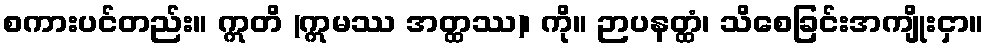
စကားပင်တည်း။ ဣတိ (ဣမဿ အတ္ထဿ)၊ ကို။ ဉာပနတ္ထံ၊ သိစေခြင်းအကျိုးငှာ။